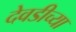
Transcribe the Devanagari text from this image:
देवडीच्या